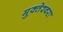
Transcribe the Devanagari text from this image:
मुक्‍तेश्‍वरा